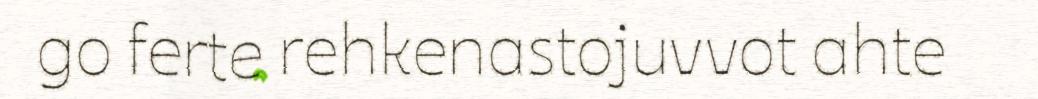
go ferte rehkenastojuvvot ahte